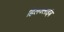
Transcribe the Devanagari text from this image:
हिलक्‍लाइंब